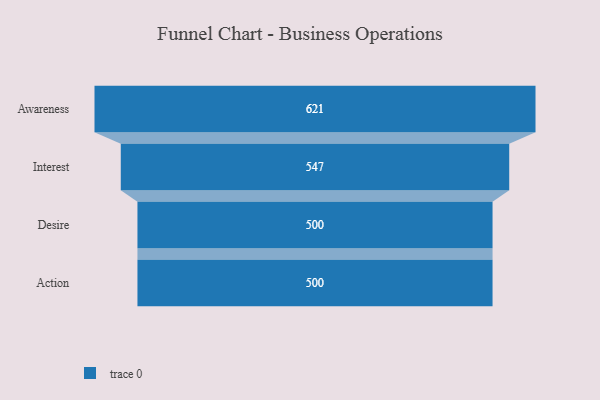
{"axis": {"x": "Stage", "y": "Value"}, "legend": [""], "data": [{"x": "Awareness", "y": 621.0, "type": ""}, {"x": "Interest", "y": 547.0, "type": ""}, {"x": "Desire", "y": 500, "type": ""}, {"x": "Action", "y": 500, "type": ""}]}